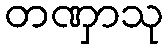
တဏှာသု